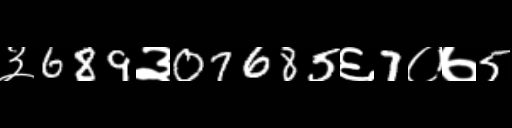
Text: ३689३07685६7०७5